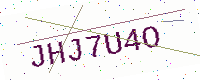
Text: JHJ7U4O